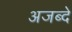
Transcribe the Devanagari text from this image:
अजब्दे